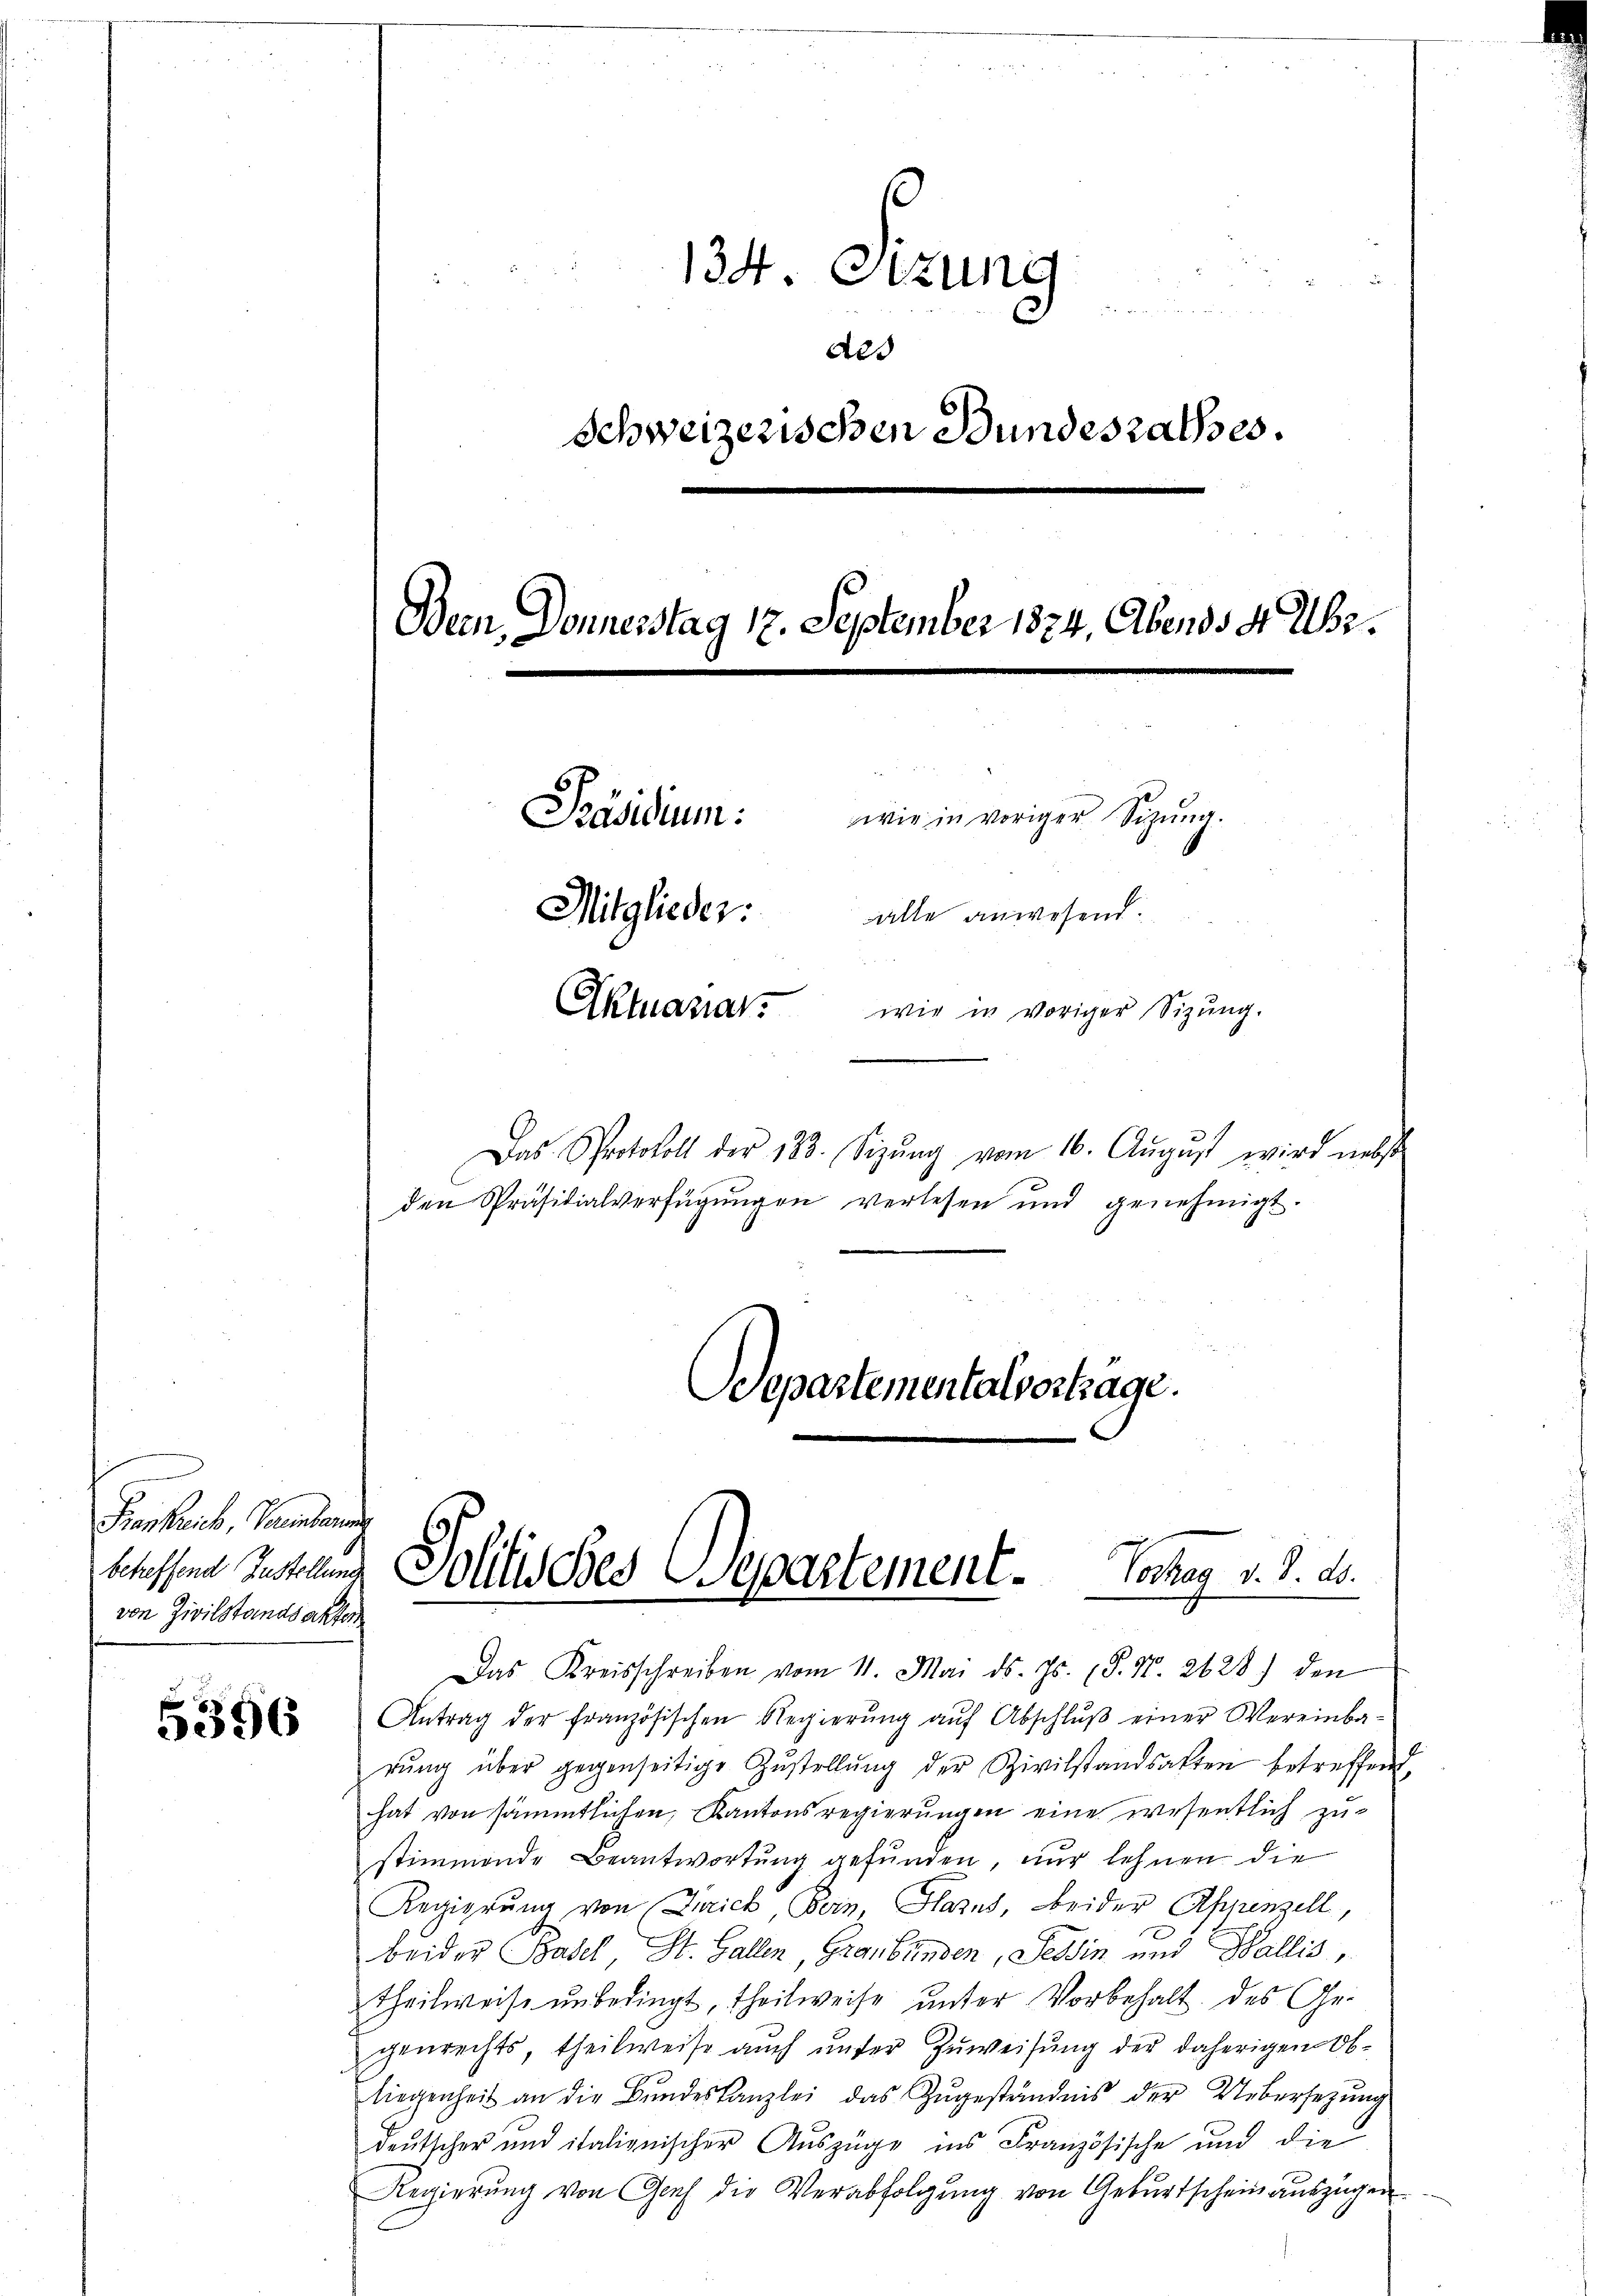
Freiheit, Panden
betreffend Justellung
von Zivilstandsakter

5396

124. Sitzung
Als
Schweizerischen Bundesrathes.
Dein, Donnerstag 17. September 1824. Abends 9 Uhr.
Präsidium.
wie in voriger Sitzung.
Mitglieder.
älle anwesend.
Aktuanar
wie in voriger Sizung.

Das Protokoll der 188. Sizŭng vom 16. Aŭgŭst wird nebst
den Präsidialverfügungen verlesen und genehmigt.
Departementalverträge.

Solitisches Departement. Sonay v. d. d.

Das Kreisschreiben vom 11. Mai d. Js. (T. Nr. 2628) den
Antrag der französischen Regierŭng aŭf Abschlŭβ einer Vereinba-
rŭng über gegenseitige Zŭstellŭng der Zivilstandsakten betreffend
hat von sämmtlichen Kantonsregierungen eine wesentlich zustimmende Beantwortung gefunden, nur lehnen die
Regierung von Zürich Bern, Glarus, Beider Appenzell,
beider Basel St. Gallen, Graubünden, Tessin und Wallis,
theilweise unbedingt, theilweise unter Vorbehalt des Gegenrechts theilweise aŭch ŭnter Zuweisung der daherigen Obliegenheit an die Bŭndeskanzlei das Zŭgeständnis der Uebersezung
deutscher und italionischer Auszüge ins Französische und die
Regierŭng von Genf die Verabfolgŭng von Gebŭrtschein auszügen